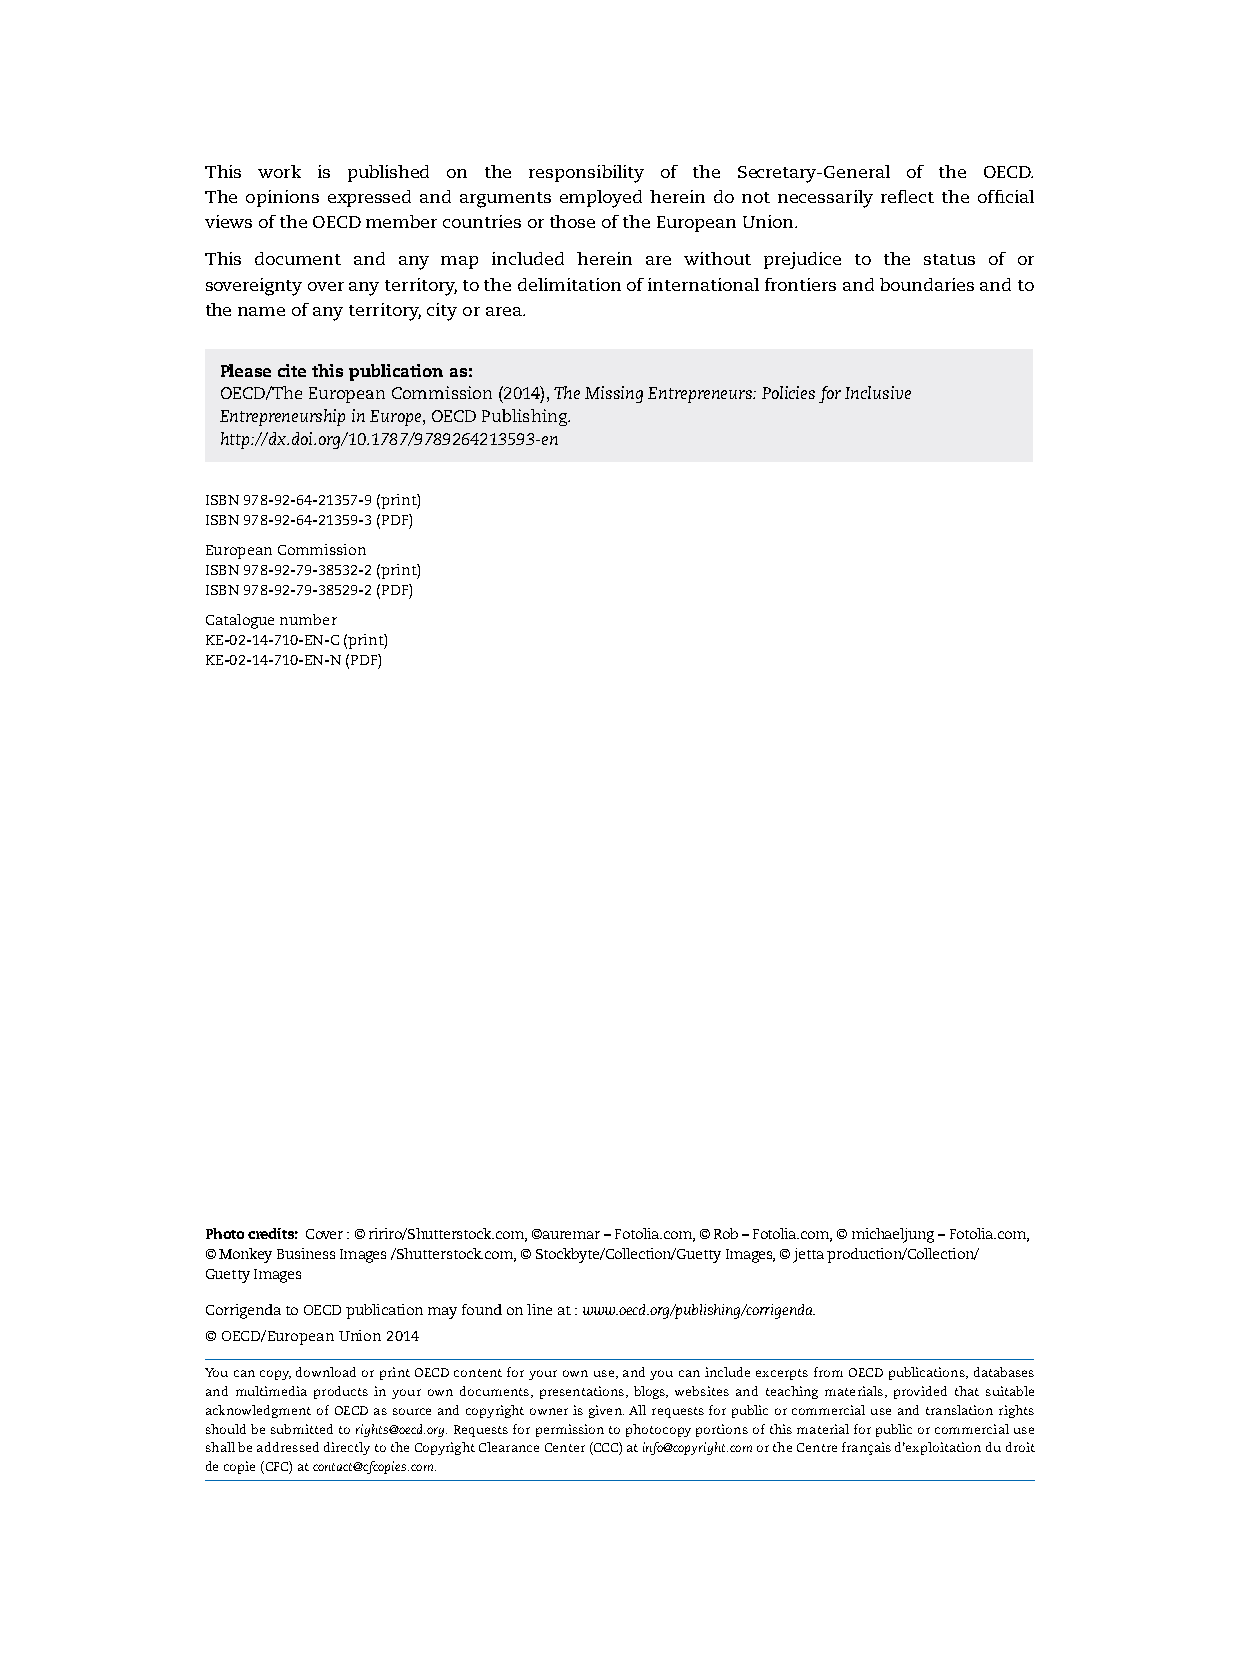
this work is published on the responsibility of the secretary-General of the oecD.
 the opinions expressed and arguments employed herein do not necessarily reflect the official
 views of the oecD member countries or those of the european union.
 this document and any map included herein are without prejudice to the status of or
 sovereignty over any territory, to the delimitation of international frontiers and boundaries and to
 the name of any territory, city or area.
 Please cite this publication as:
 oecD/the european commission (2014), The Missing Entrepreneurs: Policies for Inclusive
 Entrepreneurship in Europe, oecD Publishing.
 http://dx.doi.org/10.1787/9789264213593-en
 isBn 978-92-64-21357-9 (print)
 isBn 978-92-64-21359-3 (PDf)
 european commission
 isBn 978-92-79-38532-2 (print)
 isBn 978-92-79-38529-2 (PDf)
 catalogue number
 Ke-02-14-710-en-c (print)
 Ke-02-14-710-en-n (PDf)
 Photo credits: cover : © ririro/shutterstock.com, ©auremar – fotolia.com, © rob – fotolia.com, © michaeljung – fotolia.com,
 © Monkey Business images /shutterstock.com, © stockbyte/collection/Guetty images, © jetta production/collection/
 Guetty images
 corrigenda to oecD publication may found on line at : www.oecd.org/publishing/corrigenda.
 © oecD/european union 2014
 You can copy, download or print oecD content for your own use, and you can include excerpts from oecD publications, databases
 and multimedia products in your own documents, presentations, blogs, websites and teaching materials, provided that suitable
 acknowledgment of oecD as source and copyright owner is given. All requests for public or commercial use and translation rights
 should be submitted to rights@oecd.org. requests for permission to photocopy portions of this material for public or commercial use
 shall be addressed directly to the copyright clearance center (ccc) at info@copyright.com or the centre français d’exploitation du droit
 de copie (cfc) at contact@cfcopies.com.